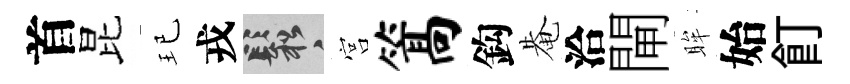
首昆玘戎鬆宫篙鈎𤲅洽閘眸始飣